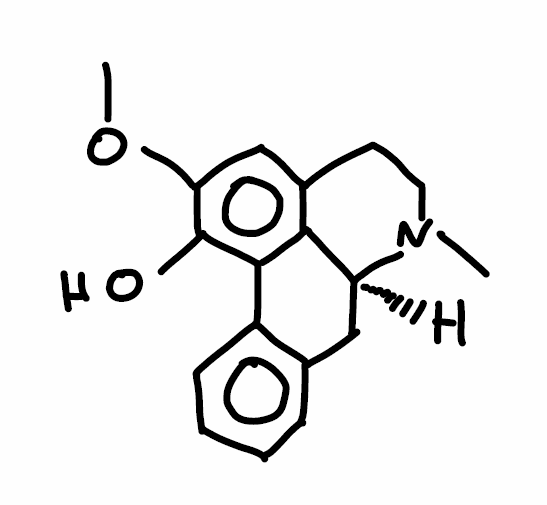
Simplified molecular-input line-entry system (SMILES) notation of the given molecule:
CN1CCC2=CC(=C(C3=C2[C@@H]1CC4=CC=CC=C43)O)OC